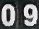
09